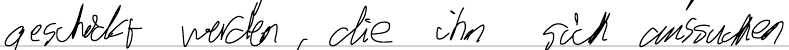
geschickt werden, die ihn sich aussuchen